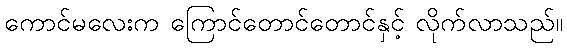
ကောင်မလေးက ကြောင်တောင်တောင်နှင့် လိုက်လာသည်။